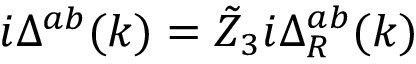
i \Delta ^ { a b } ( k ) = \tilde { Z } _ { 3 } i \Delta _ { R } ^ { a b } ( k )